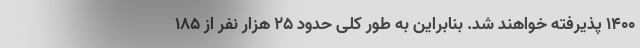
۱۴۰۰ پذیرفته خواهند شد. بنابراین به طور کلی حدود ۲۵ هزار نفر از ۱۸۵